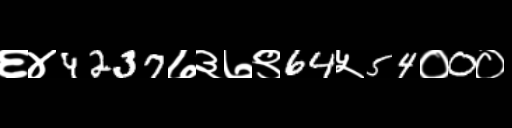
Text: ६४4237७३७९64५54०0०